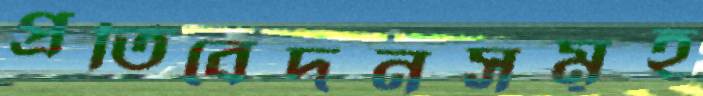
প্রতিবেদনসমূহ